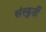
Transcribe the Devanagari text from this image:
संस्कुर्ती